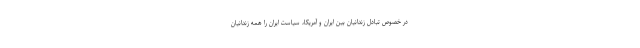
در خصوص تبادل زندانیان بین ایران و آمریکا، سیاست ایران را همه زندانیان